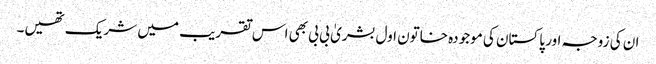
ان کی زوجہ اور پاکستان کی موجودہ خاتون اول بشریٰ بی بی بھی اس تقریب میں شریک تھیں۔